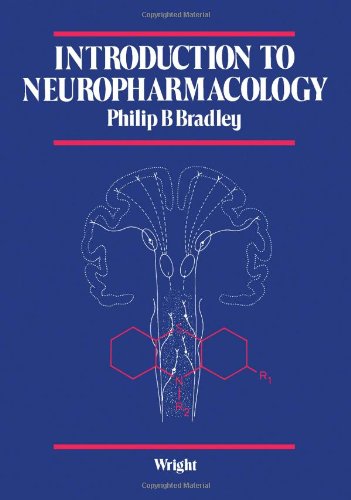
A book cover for Introduction to Neuropharmacology; Philip B. Bradley; Medical Books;